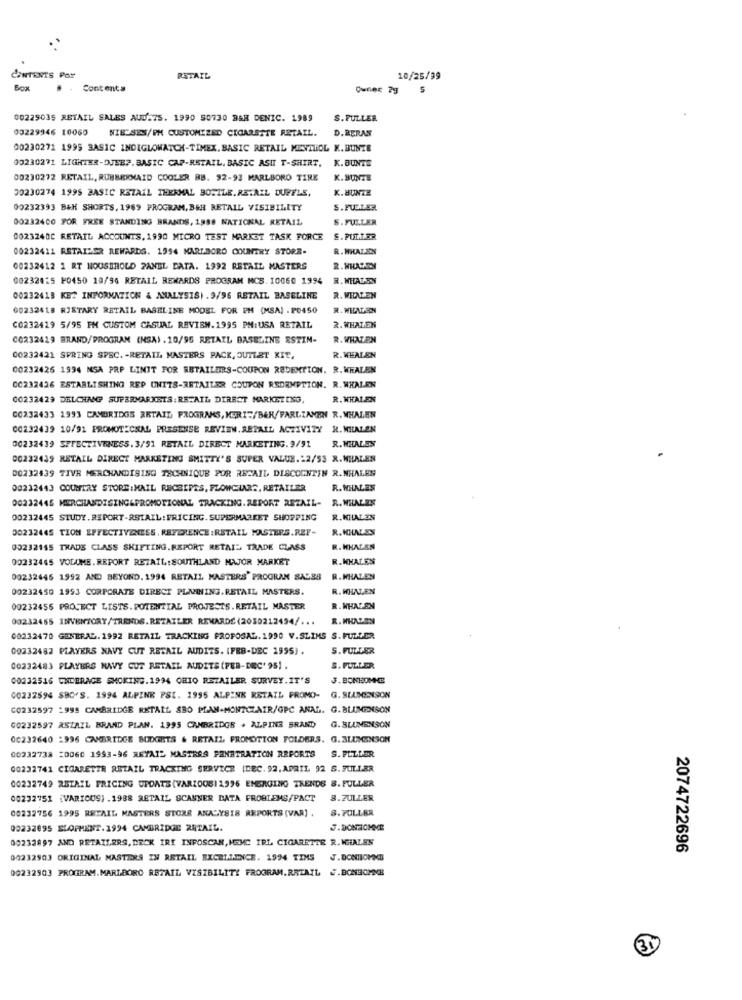
CONTENTS Por
RSTAIL
10/25/99
Contents
Owner 79
00229035 RETAIL SALES AUD:75. 1990 50730 BAR DENIC. 1989
S.FULLER
03229946 16060
NIE SES/PM CUSTOMIZED CIGARETTE RETAIL.
D. BERAS
00230271 1995 BASIC INDIGLOWATCH-TIMEX. BASIC RETAIL MENMIOL K. BUNTE
33230271 LIGHTER-DJEBP. BASIC CAP-RETAIL. BASIC ASIT T-SHIRT,
K.BUNTE
00230272 RETAIL, RUBBERMAID COOLER BB. 92-93 MARLBORO TIRE
K.BUNTE
00230274 1995 BASIC RETAIL THERMAL BOTTLE. RETAIL DUFFLE.
K.HUNTE
00232393 B&H SHORTS, 1969 PROGRAM, BEH RETAIL VISIBILITY
S.FULLER
00232400 FOR FREE STANDING BRANDS, 1988 NATIONAL RETAIL
S. FULLER
0023240C RETAIL ACCOUNTS, 1990 MICRO TEST MARKST TASK FORCE
S. PULTER
00232411 RETAILER REWARDS. 1994 MARLBORO COUNTRY STORE-
R. WHALEN
00232412 1 RT NOUSTROLD PANEL DATA. 1992 RETAIL MASTERS
R. WHATEN
00232415 F0450 18/94 RETAIL REWARDS PROGRAM MCS. 10060 1994
R. WHAT-EN
00232418 KB2 INFORMATION & ANALYSIS) .9/96 RETAIL BASELINE
R. WHALEN
00232418 RISTARY RETAIL BASELINE MODEL FOR PM (MSA) . PO450
R. WHATEN
C0232419 5/95 FM CUSTOM CASUAL REVIEW.1995 PM:USA RETAIL
2.WHALEN
C0232419 BRAND/PROGRAM (NSA) . 10/95 RETAIL BASELINE RSTIN-
R. WHALEN
00232421 SPRING SPEC. - RETAIL MASTERS PACK, OUTLET KIT,
R. WHALEN
00232426 1994 MSA PRP LINIT FOR RETAILERS-COUPON REDEMTION. R. WHALEN
00232426 ESTABLISHING REP UNITS-RETAILER COUPON REDEMPTION. R. WHALEN
00232429 DELCHAMP SUPERMARKETS:RETAIL DIRECT MARKETING,
R.WHALEN
00232433 1993 CAMBRIDGE ARTAIL PROGRAMS, MERIF/B&R/PARLIANEN R. WHALEN
00232439 10/91 PROMOTIONAL PRESENSE REVIEW.RETAIL ACTIVITY R. WHALEN
00232439 SPFECTIVENESS. 3/91 RETAIL DIRECT MARKETING. 9/91
R. WHALEN
00232439 RETAIL DIRECT MARKETING SMITTY'S SUPER VALUE.22/55 R.WHALEN
00232439 TIVE MERCHANDISING TECHNIQUE POR RECAIL DISCOUNTIN R.NHALEN
00232443 COUNTRY STORE:MAIL RECEIPTS, FLOWCIARS, RETAILER
R. WHALES
00232445 MERCHANDISING&PROMOTIONAL TRACKING. REPORT RETAIL- R. WHALES
00232445 STUDY.REPORT-RETAIL: PRICING. SUPERMARKET SHOPPING
R.KHALEN
00232445 TION EFFECTIVENESS. REFERENCE :RETAIL MASTERS.REF-
R.KHALEN
00232145 TRADE CLASS SHIFTING.REPORT RETAIL TRADE CLASS
R. WHALEN
00232445 VOLUME. REPORT RETAIL:SOUTHLAND MAJOR MARKET
R.KHALEN
00232446 1992 AND BEYOND. 1994 RETAIL MASTERS' PROGRAM SALES
R. WHALEN
00232450 1993 CORPORATE DIRECT PLANNING.RETAIL MASTERS.
R. WHALEN
00232456 PROCECT LISTS. POTENTIAL PROJECTS. RETAIL MASTER
R. WHATEN
00232465 INVENTORY/TRENDS. RETAILER REMARDE (2030212494/ ...
R.WHATEN
00232470 GENERAL. 1992 RETAIL TRACKING PROPOSAL. 1990 V.SLIMS S.FULLER
00232482 PLAYERS NAVY CUT RETAIL AUDITS. (FEB-DEC 1995).
S.FULLER
00232483 PLAYERS NAVY CUT RETAIL AUDITS (PER-DEC' 95) .
S. FULLER
00232516 CHEBRAGE SMOKING.1994 CHIO RETAILER SURVEY.IT'S
00232596 SBO'S. 1994 ALPINE PSI. 1995 ALPINK RETAIL PROMO-
G. SLUMEDISON
CO232597 -995 CAMBRIDGE RETAIL SBO PLAN-MONTCLAIR/OPC ANAL. G.BLUMENSON
00232597 ASZAIL BRAND PLAN. 1995 CAMBRIDGE + ALPINE BRAND
G. BLUMENSON
00232640 -996 CAMBRIDGE BUDGETS & RETAIL, PROMOTION FOLDERS. G. BLUMENSON
00232738 20060 1993-96 REYATE MASTRAS PENETRATION REPORTS S. FULLER
00232741 CIGARETTR RETAIL TRACKING SERVICE IDEC. 92. APRIL 92 S. FULLER
00232749 RETAIL PRICING UPDATE (VARIOUSI 1996 EMERGING TRENDS 8. FULLER
00232751 [VARIOUS) .1988 RETAIL SCANNER DATA PROBLEMS/PACT
8.ZULLER
8. FULLER
00232756 1995 RETAIL MASTERS STORE ANALYSIS REPORTS (VAR) .
00232095 ELOFHENT. 1994 CAMBRIDGE RETAIL.
J.DONHOMME
00232897 AND RETAILERS, DECK IRE INFOSCAN, HEMC IRL CIGARETTE R. WHALES
2074722696
00232903 ORIGINAL MASTERS IN RETAIL EXCELLENCE. 1994 TIMS
J.DONTIOMMED
00232903 PROGRAM.MARLBORO RETAIL VISIBILITY FROGRAM.RRTAIL .. BONHOMME
31